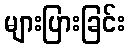
များပြားခြင်း